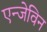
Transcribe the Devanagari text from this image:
एन्जेविन